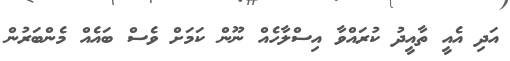
އަދި އެއީ ތާއީދު ކުރައްވާ އިސްލާހެއް ނޫން ކަމަށް ވެސް ބައެއް މެންބަރުން